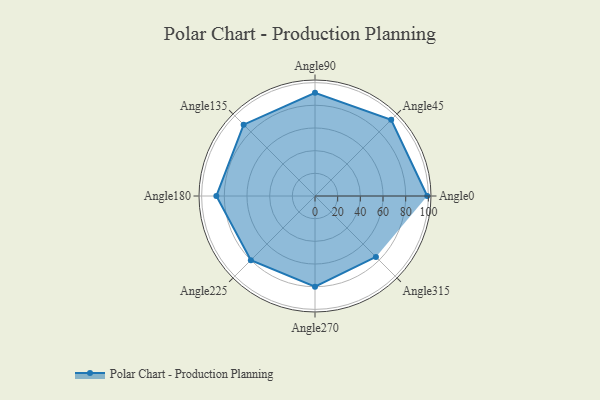
{"axis": {"x": "Angle", "y": "Radius"}, "legend": [""], "data": [{"x": "Angle0", "y": 99.0, "type": ""}, {"x": "Angle45", "y": 95.0, "type": ""}, {"x": "Angle90", "y": 91.0, "type": ""}, {"x": "Angle135", "y": 89.0, "type": ""}, {"x": "Angle180", "y": 87.0, "type": ""}, {"x": "Angle225", "y": 80.0, "type": ""}, {"x": "Angle270", "y": 80.0, "type": ""}, {"x": "Angle315", "y": 76.0, "type": ""}]}